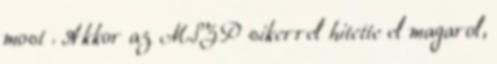
most . Akkor az MSZP sikerrel hitette el magarol,